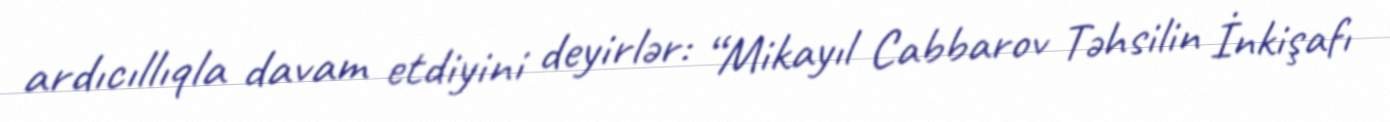
ardıcıllıqla davam etdiyini deyirlər: “Mikayıl Cabbarov Təhsilin İnkişafı